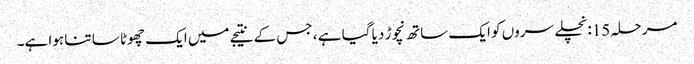
مرحلہ 15: نچلے سروں کو ایک ساتھ نچوڑ دیا گیا ہے ، جس کے نتیجے میں ایک چھوٹا سا تنا ہوا ہے۔